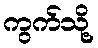
ကွက်သို့